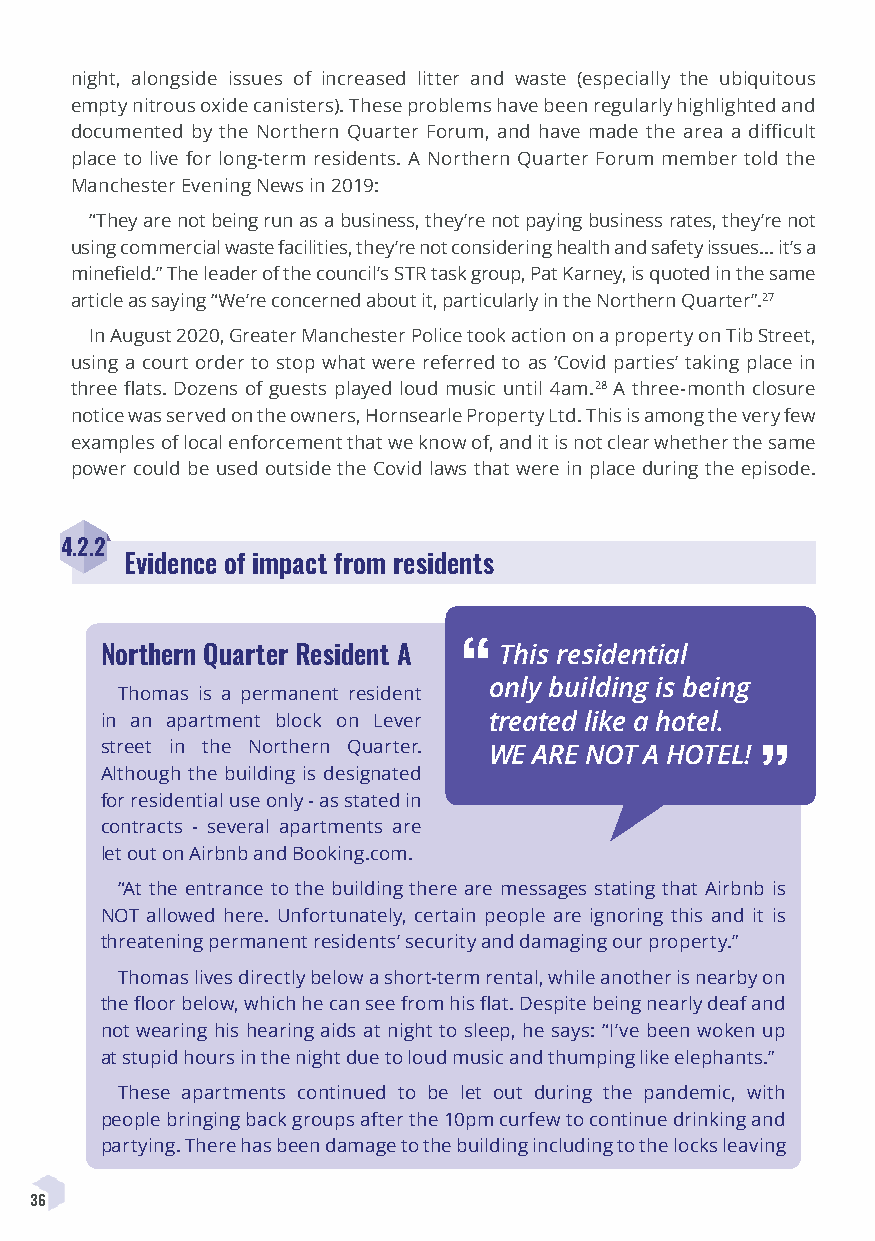
night, alongside issues of increased litter and waste (especially the ubiquitous
 empty nitrous oxide canisters). These problems have been regularly highlighted and
 documented by the Northern Quarter Forum, and have made the area a difficult
 place to live for long-term residents. A Northern Quarter Forum member told the
 Manchester Evening News in 2019:
 “They are not being run as a business, they’re not paying business rates, they’re not
 using commercial waste facilities, they’re not considering health and safety issues... it’s a
 minefield.” The leader of the council’s STR task group, Pat Karney, is quoted in the same
 article as saying “We’re concerned about it, particularly in the Northern Quarter”.27
 In August 2020, Greater Manchester Police took action on a property on Tib Street,
 using a court order to stop what were referred to as ‘Covid parties’ taking place in
 three flats. Dozens of guests played loud music until 4am.28 A three-month closure
 notice was served on the owners, Hornsearle Property Ltd. This is among the very few
 examples of local enforcement that we know of, and it is not clear whether the same
 power could be used outside the Covid laws that were in place during the episode.
 4.2.2
 Evidence of impact from residents
 Northern Quarter Resident A “ This residential
 only building is being
 Thomas is a permanent resident
 in an apartment block on Lever treated like a hotel.
 street in the Northern Quarter. WE ARE NOT A HOTEL!
 ”
 Although the building is designated
 for residential use only - as stated in
 contracts - several apartments are
 let out on Airbnb and Booking.com.
 “At the entrance to the building there are messages stating that Airbnb is
 NOT allowed here. Unfortunately, certain people are ignoring this and it is
 threatening permanent residents’ security and damaging our property.”
 Thomas lives directly below a short-term rental, while another is nearby on
 the floor below, which he can see from his flat. Despite being nearly deaf and
 not wearing his hearing aids at night to sleep, he says: “I’ve been woken up
 at stupid hours in the night due to loud music and thumping like elephants.”
 These apartments continued to be let out during the pandemic, with
 people bringing back groups after the 10pm curfew to continue drinking and
 partying. There has been damage to the building including to the locks leaving
 36